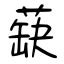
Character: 蒛